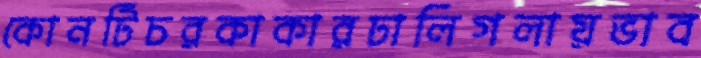
কোনটিচরকাকারঢালিগলায়ভাব